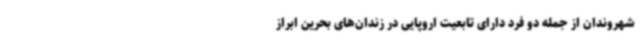
شهروندان از جمله دو فرد دارای تابعیت اروپایی در زندان‌های بحرین ابراز